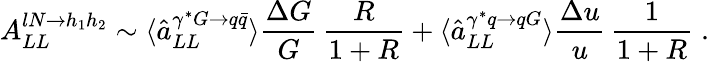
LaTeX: A_{LL}^{lN\rightarrow h_{1}h_{2}}\sim\langle\hat{a}_{LL}^{\gamma^{\ast}G\rightarrow q\bar{q}}\rangle\frac{\Delta G}{G}\, \frac{R}{1+R}+\langle\hat{a}_{LL}^{\gamma^{\ast}q\rightarrow qG}\rangle\frac{\Delta u}{u}\, \frac{1}{1+R}\; .